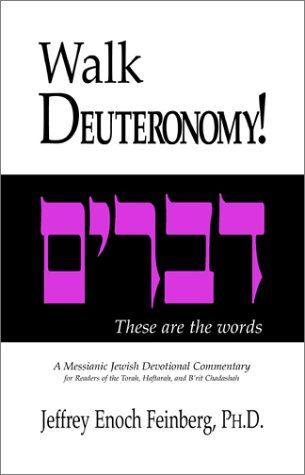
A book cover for Walk Deuteronomy!: A Messianic Jewish Devotional Commentary; Jeffrey Enoch Feinberg; Christian Books & Bibles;